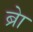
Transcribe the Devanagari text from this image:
ब्राे